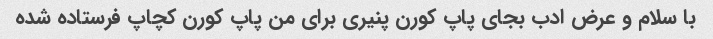
با سلام و عرض ادب بجای پاپ کورن پنیری برای من پاپ کورن کچاپ فرستاده شده